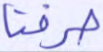
صرفنا